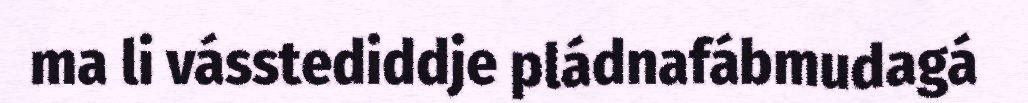
ma li vásstediddje pládnafábmudagá